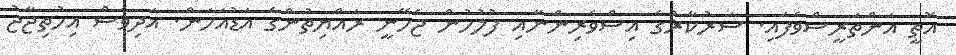
އޮތީ އަންތަރީސްވެފައި. ސަރުކާރުގެ އިސްވެރިންނާއި ފުލުހުން ޖެހޭނީ ރައްޔިތުންގެ އަޑުއަހަން. އަދިވެސް އިހުތިޖާޖު